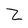
Character: Z